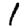
Digit: 1